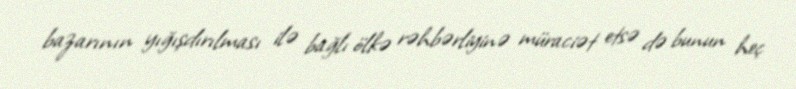
bazarının yığışdırılması ilə bağlı ölkə rəhbərliyinə müraciət etsə də bunun heç